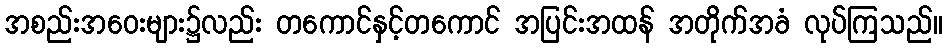
အစည်းအဝေးများ၌လည်း တကောင်နှင့်တကောင် အပြင်းအထန် အတိုက်အခံ လုပ်ကြသည်။